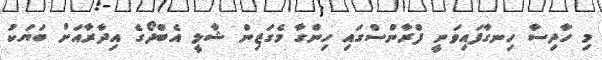
މި ހާދިސާ ހިނގާފައިވަނީ ފްރާންސްގައި ހިންގާ މެގަޒިން ޝާލީ އެބްދޯގެ އިދާރާއަށް ބަޔަކު